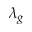
\lambda _ { g }